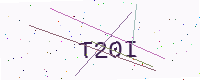
Text: T20I